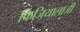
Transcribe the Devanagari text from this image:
फिजियालाजी